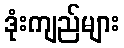
ဒုံးကျည်များ